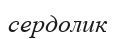
сердолик